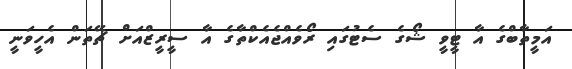
އަމީތާބްގެ އާ ޓީވީ ޝޯގެ ސެޓުގައި ރޯވެއްޖެއެކްތާގެ އާ ސީރީޒްއަށް ޗޭތަން އެހީވަނީ